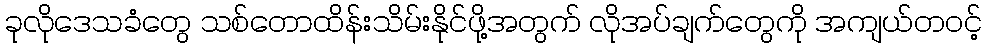
ခုလိုဒေသခံတွေ သစ်တောထိန်းသိမ်းနိုင်ဖို့အတွက် လိုအပ်ချက်တွေကို အကျယ်တဝင့်